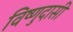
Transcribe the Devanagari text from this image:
विष्णुदासी